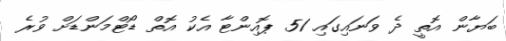
ބަޔާން އޮތީ ދެ ވަނައިގައި 51 ޕޮއިންޓާ އެކު އޮތް ޑޯޓްމަންޑަށް ވުރެ